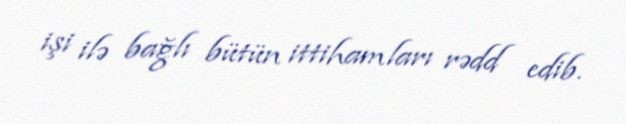
işi ilə bağlı bütün ittihamları rədd edib.